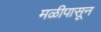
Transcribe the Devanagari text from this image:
मळीपासून